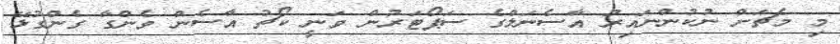
މި މެޗަށް ނުކުންނައިރު އާސެނަލްގެ ސަޕޯޓަރުން ވަނީ ކޯޗު އާސެން ވެންގާ ގެންގުޅޭ